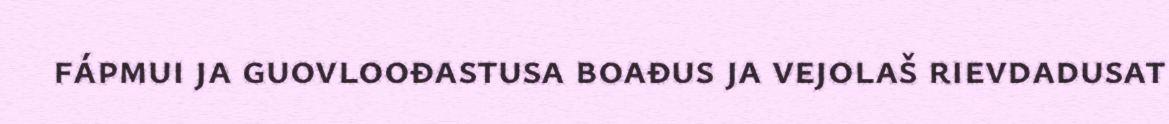
fápmui ja guovloođastusa boađus ja vejolaš rievdadusat